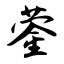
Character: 蓥